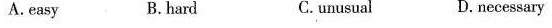
A.easy B.hard C.unusual D.necessary